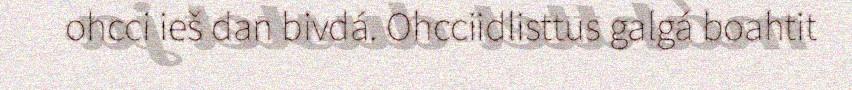
ohcci ieš dan bivdá. Ohcciidlisttus galgá boahtit